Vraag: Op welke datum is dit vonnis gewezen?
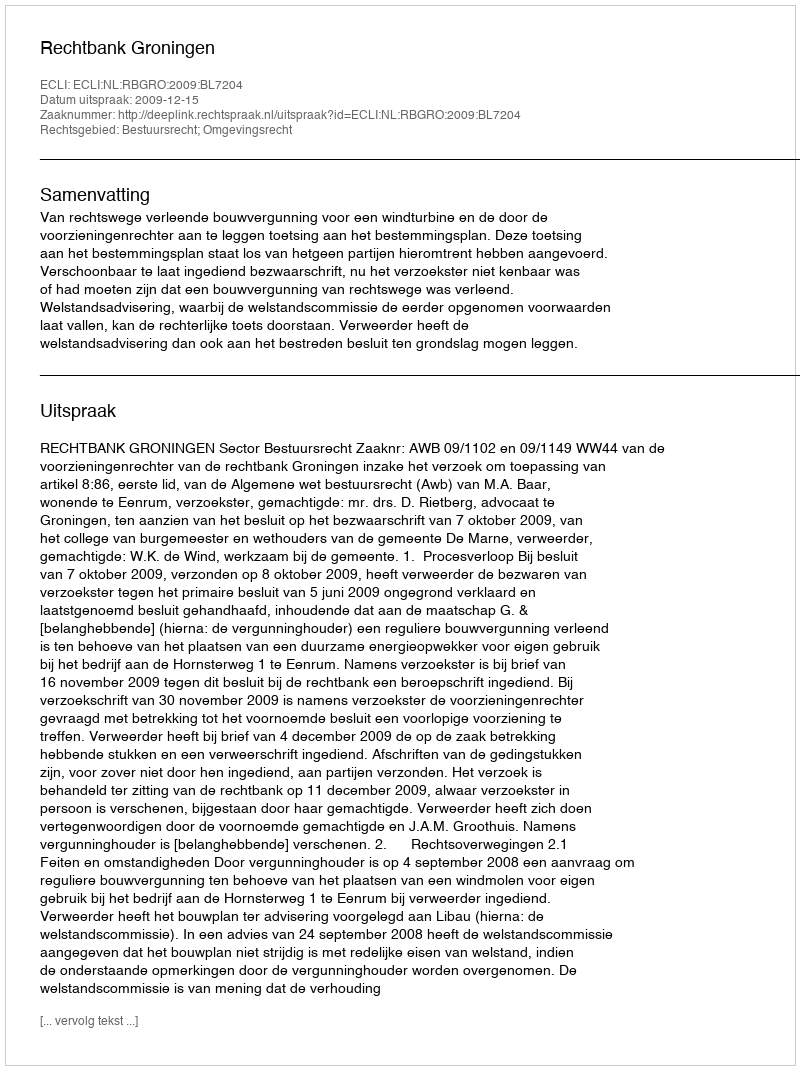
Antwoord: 2009-12-15